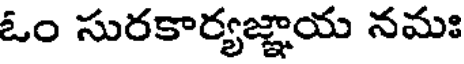
ఓం సురకార్యజ్ఞాయ నమః